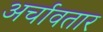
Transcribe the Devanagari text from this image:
अर्चावतार